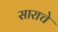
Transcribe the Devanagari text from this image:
साराचे